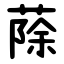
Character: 蒢